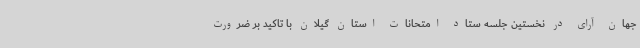
جهان آرای در نخستین جلسه ستاد امتحانات استان گیلان با تاکید بر ضرورت